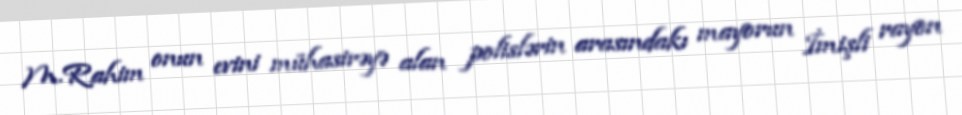
M.Rahim onun evini mühasirəyə alan polislərin arasındakı mayorun İmişli rayon